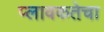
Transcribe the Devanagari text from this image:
प्लावकतेचा